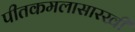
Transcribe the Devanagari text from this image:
पीतकमलासारखी